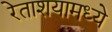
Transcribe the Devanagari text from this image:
रेताशयामध्ये